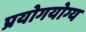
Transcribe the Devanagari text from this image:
प्रयोगयोग्य